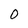
Character: 0